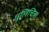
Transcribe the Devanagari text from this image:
धूलिचित्र।